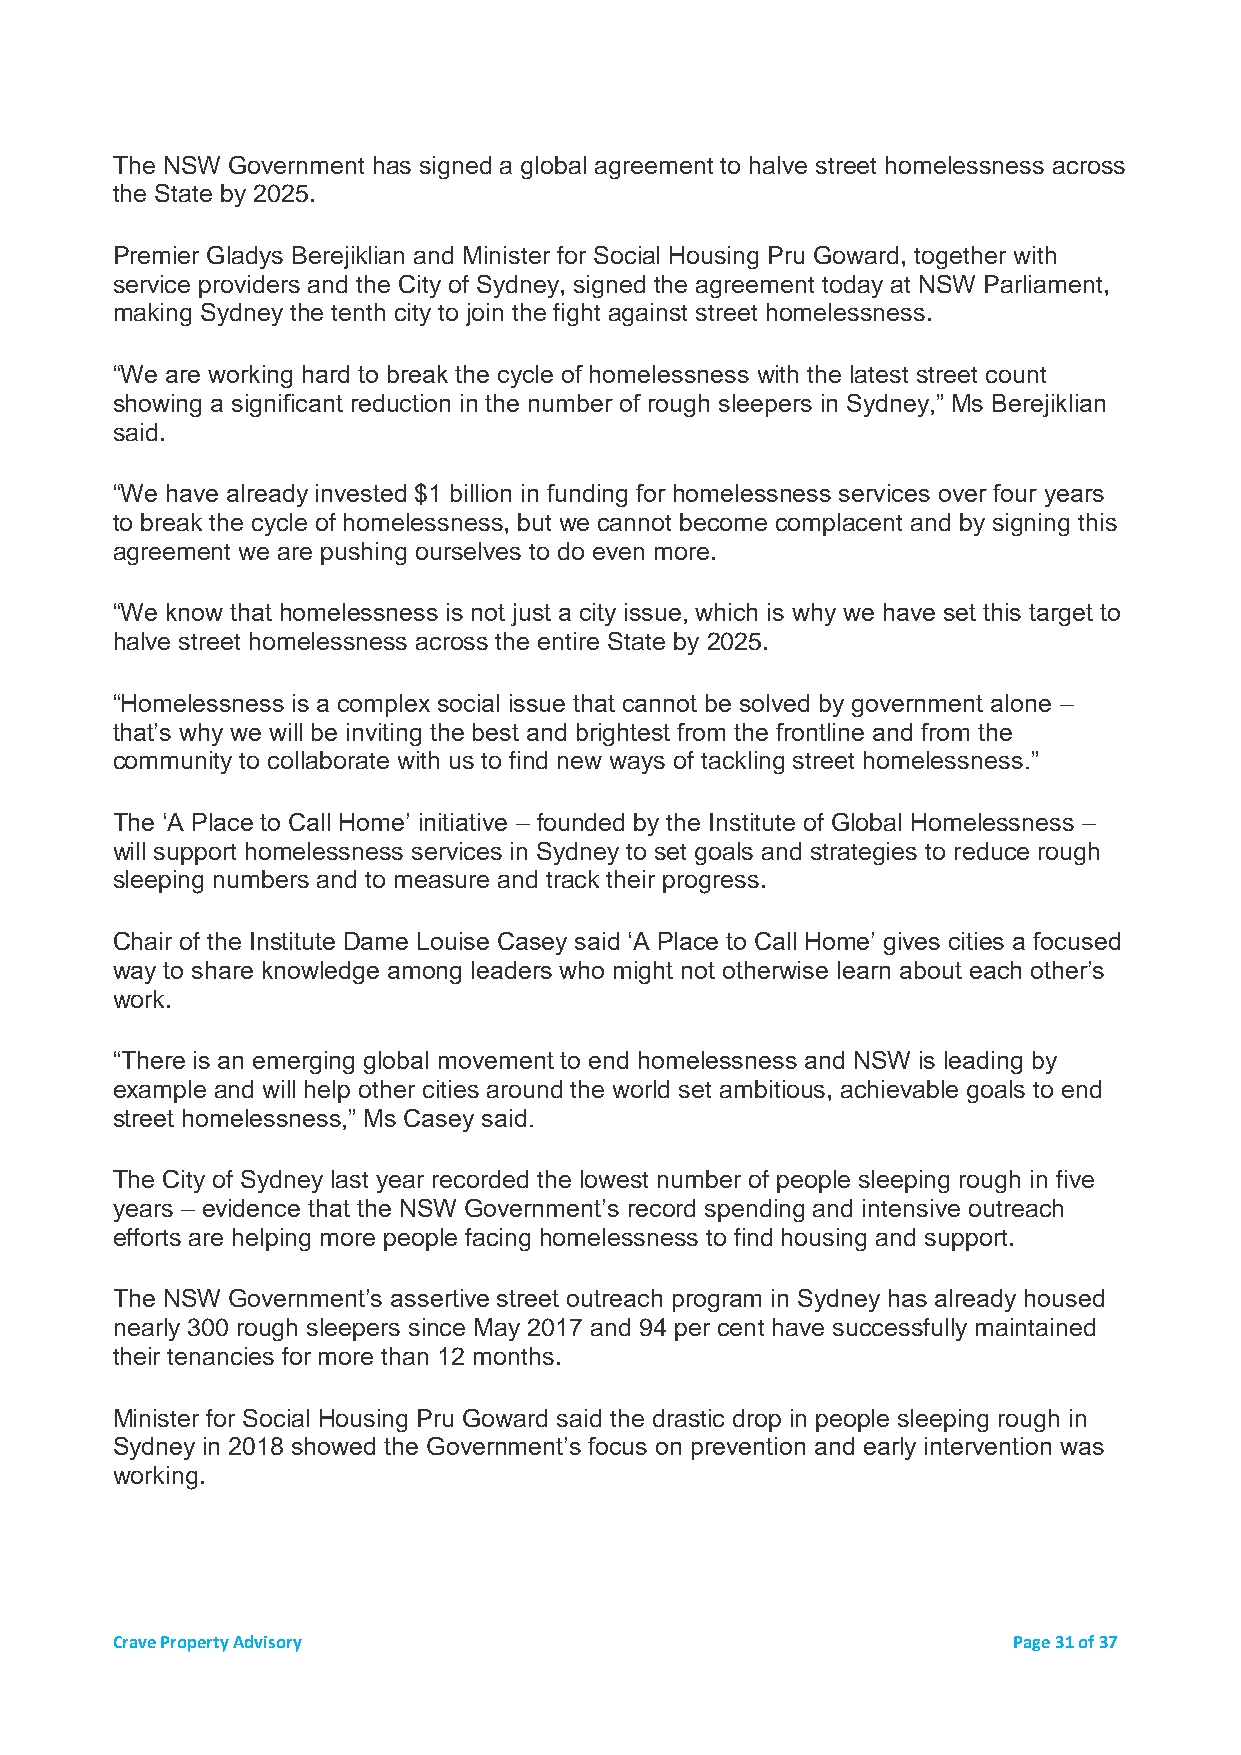
The NSW Government has signed a global agreement to halve street homelessness across
 the State by 2025.
 Premier Gladys Berejiklian and Minister for Social Housing Pru Goward, together with
 service providers and the City of Sydney, signed the agreement today at NSW Parliament,
 making Sydney the tenth city to join the fight against street homelessness.
 “We are working hard to break the cycle of homelessness with the latest street count
 showing a significant reduction in the number of rough sleepers in Sydney,” Ms Berejiklian
 said.
 “We have already invested $1 billion in funding for homelessness services over four years
 to break the cycle of homelessness, but we cannot become complacent and by signing this
 agreement we are pushing ourselves to do even more.
 “We know that homelessness is not just a city issue, which is why we have set this target to
 halve street homelessness across the entire State by 2025.
 “Homelessness is a complex social issue that cannot be solved by government alone –
 that’s why we will be inviting the best and brightest from the frontline and from the
 community to collaborate with us to find new ways of tackling street homelessness.”
 The ‘A Place to Call Home’ initiative – founded by the Institute of Global Homelessness –
 will support homelessness services in Sydney to set goals and strategies to reduce rough
 sleeping numbers and to measure and track their progress.
 Chair of the Institute Dame Louise Casey said ‘A Place to Call Home’ gives cities a focused
 way to share knowledge among leaders who might not otherwise learn about each other’s
 work.
 “There is an emerging global movement to end homelessness and NSW is leading by
 example and will help other cities around the world set ambitious, achievable goals to end
 street homelessness,” Ms Casey said.
 The City of Sydney last year recorded the lowest number of people sleeping rough in five
 years – evidence that the NSW Government’s record spending and intensive outreach
 efforts are helping more people facing homelessness to find housing and support.
 The NSW Government’s assertive street outreach program in Sydney has already housed
 nearly 300 rough sleepers since May 2017 and 94 per cent have successfully maintained
 their tenancies for more than 12 months.
 Minister for Social Housing Pru Goward said the drastic drop in people sleeping rough in
 Sydney in 2018 showed the Government’s focus on prevention and early intervention was
 working.
 Crave Property Advisory                                     Page 31 of 37